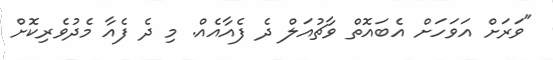
"ވަރަށް އަވަހަށް އެބައޮތް ވާޗުއަލް ދެ ފެއާއެއް. މި ދެ ފެއާ މެދުވެރިކޮށް